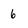
Character: 6